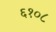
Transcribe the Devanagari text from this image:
६१०८